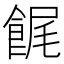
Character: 䬿